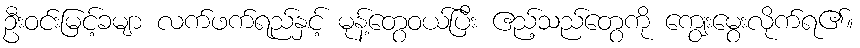
ဦးဝင်းမြင့်ခမျာ လက်ဖက်ရည်နှင့် မုန့်တွေဝယ်ပြီး ဧည့်သည်တွေကို ကျွေးမွေးလိုက်ရ၏။